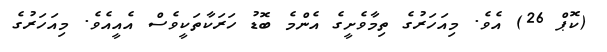
(ކޮޕް 26) އެވެ. މިއަހަރުގެ ތިމާވެށީގެ އެންމެ ބޮޑު ހަރަކާތަކީވެސް އެއީއެވެ. މިއަހަރުގެ